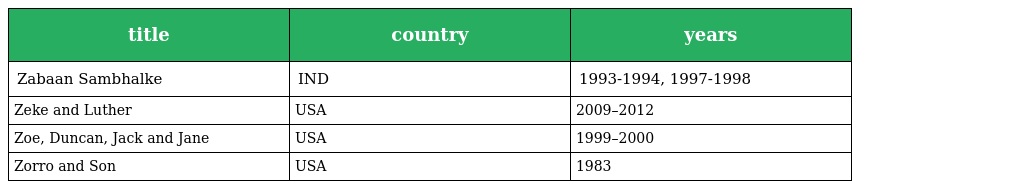
| title | country | years |
 | --- | --- | --- |
 | Zabaan Sambhalke | IND | 1993-1994, 1997-1998 |
 | Zeke and Luther | USA | 2009–2012 |
 | Zoe, Duncan, Jack and Jane | USA | 1999–2000 |
 | Zorro and Son | USA | 1983 |